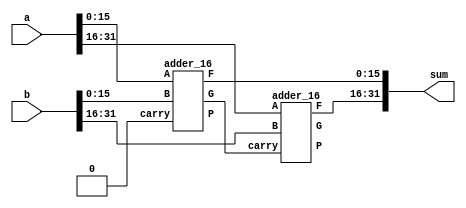
module Add(
	input [31:0]a,
	input [31:0]b,
	output reg[31:0]sum
);
wire g1,g2;
wire p1,p2;
wire [31:0] res;
adder_16 add16_1 (
	.A(a[15:0]),
	.B(b[15:0]),
	.carry(1'b0),
	.F(res[15:0]),
	.P(p1),
	.G(g1)
);
wire Ca;
adder_16 add16_2 (
	.A(a[31:16]),
	.B(b[31:16]),
	.carry(Ca),
	.F(res[31:16]),
	.P(p2),
	.G(g2)
);
assign Ca=g1^(p1 & 0);
	always @(*) begin 
		sum <= res;
	end	
endmodule


module adder_16 (
	input [15:0]A,
	input [15:0]B,
	input carry,
	output [15:0]F,
	output P,
	output G
);

wire g1,g2,g3,g4;
wire p1,p2,p3,p4;
wire c1,c2,c3;

adder_4 a0(
	.x(A[3:0]),
	.y(B[3:0]),
	.c0(carry),
	.F(F[3:0]),
	.G(g1),
	.P(p1)
);

adder_4 a1(
	.x(A[7:4]),
	.y(B[7:4]),
	.c0(c1),
	.F(F[7:4]),
	.G(g2),
	.P(p2)
);

adder_4 a2(
	.x(A[11:8]),
	.y(B[11:8]),
	.c0(c2),
	.F(F[11:8]),
	.G(g3),
	.P(p3)
);

adder_4 a3(
	.x(A[15:12]),
	.y(B[15:12]),
	.c0(c3),
	.F(F[15:12]),
	.G(g4),
	.P(p4)
);

assign c1 = (g1) ^(p1&carry);
assign c2 = (g2)^(p2&g1) ^(p2&p1&carry);
assign c3 = (g3)^(p3&g2) ^(p3&p2&g1)^(p3&p2&p1&carry);

assign P = p1&p2&p3&p4;
assign G = g4 ^ (p4&g3) ^(p4&p3&g2) ^(p4&p3&p2&g1);

endmodule

module adder_4(
	input [3:0] x,
	input [3:0] y,
	input c0,
	output c4,G,P,
	output [3:0] F
) ;

wire p1,p2,p3,p4,g1,g2,g3,g4;
wire c1,c2,c3;

adder_1 a0 (
	.a(x[0]),
	.b(y[0]),
	.c(c0),
	.x(F[0])
);
		
adder_1 a1 (
	.a(x[1]),
	.b(y[1]),
	.c(c1),
	.x(F[1])
);
		
adder_1 a2 (
	.a(x[2]),
	.b(y[2]),
	.c(c2),
	.x(F[2])
);

adder_1 a3 (
	.a(x[3]),
	.b(y[3]),
	.c(c3),
	.x(F[3])
);
			
CLA cc (
	.c0(c0),
	.c1(c1),
	.c2(c2),
	.c3(c3),
	.c4(c4),
	.p1(p1),
	.p2(p2),
	.p3(p3),
	.p4(p4),
	.g1(g1),
	.g2(g2),
	.g3(g3),
	.g4(g4)
);

assign p1 = x[0]^y[0];
assign p2 = x[1]^y[1];
assign p3 = x[2]^y[2];
assign p4 = x[3]^y[3];
		

assign g1 = x[0]&y[0];
assign g2 = x[1]&y[1];
assign g3 = x[2]&y[2];
assign g4 = x[3]&y[3];

assign P = p1&p2&p3&p4;
assign G = g4^(p4&g3) ^(p4&p3&g2)^(p4&p3&p2&g1);

endmodule



module adder_1 (
	input a,
	input b,
	input c,
	output x
);

assign x=a^b^c;
assign y=(a^b) & c| a & b;

endmodule

module CLA(
	input c0,g1,g2,g3,g4,p1,p2,p3,p4,
	output c1,c2,c3,c4
);

assign c1 = g1^(p1 &c0);
assign c2 = g2^(p2&g1)^(p2&p1&c0);
assign c3 = g3^(p3&g2)^(p3&p2&g1)^(p3&p2&p1&c0);
assign c4 = g4^(p4&g3)^(p4&p3&g2)^(p4&p3&p2&g1)^(p4&p3&p2&p1&c0);

endmodule